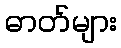
ဓာတ်များ